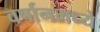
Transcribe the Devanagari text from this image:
वर्षानमध्ये